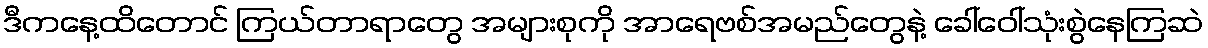
ဒီကနေ့ထိတောင် ကြယ်တာရာတွေ အများစုကို အာရေဗစ်အမည်တွေနဲ့ ခေါ်ဝေါ်သုံးစွဲနေကြဆဲ